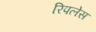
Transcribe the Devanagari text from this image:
रिपलेस